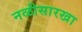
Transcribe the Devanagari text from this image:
नळीसारखा